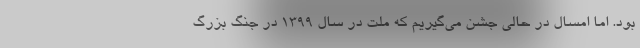
بود. اما امسال در حالی جشن می‌گیریم که ملت در سال ۱۳۹۹ در جنگ بزرگ